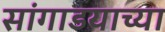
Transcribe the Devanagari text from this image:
सांगाडयाच्या